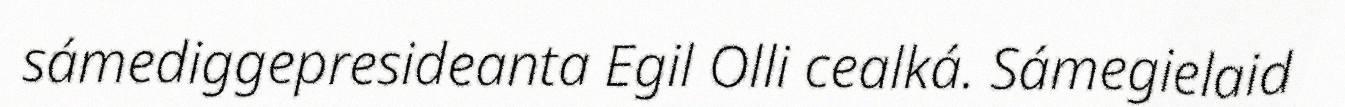
sámediggepresideanta Egil Olli cealká. Sámegielaid